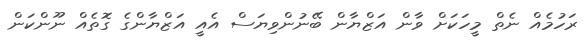
ރަހުމެއް ނެތް މީހަކަށް ވާން އަޒްޔާން ބޭނުންވިޔަސް އެއީ އަޒްޔާންގެ ގޮތެއް ނޫންކަން